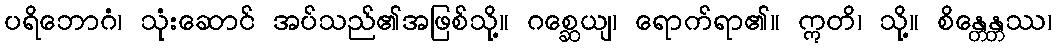
ပရိဘောဂံ၊ သုံးဆောင် အပ်သည်၏အဖြစ်သို့။ ဂစ္ဆေယျ၊ ရောက်ရာ၏။ ဣတိ၊ သို့။ စိန္တေန္တဿ၊